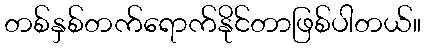
တစ်နှစ်တက်ရောက်နိုင်တာဖြစ်ပါတယ်။